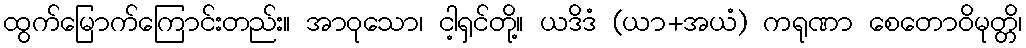
ထွက်မြောက်ကြောင်းတည်း။ အာဝုသော၊ ငါ့ရှင်တို့။ ယဒိဒံ (ယာ+အယံ) ကရုဏာ စေတောဝိမုတ္တိ၊